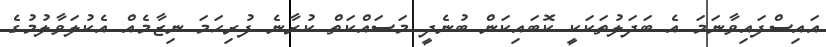
އައިސްފައިވާނަމަ އެ ބަދަލުތަކަކީ ކޮބައިކަން ބުނެދީ މަސައްކަތް ކުރާނެ ފުރިހަމަ ނިޒާމެއް އެކުލަވާލުމުގެ